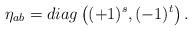
LaTeX: \begin{align*}\eta_{ab}=diag\left((+1)^{s},(-1)^{t}\right).\end{align*}